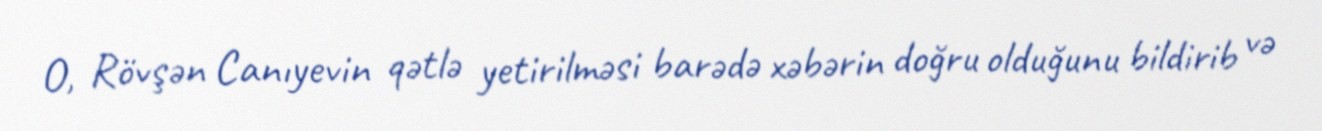
O, Rövşən Canıyevin qətlə yetirilməsi barədə xəbərin doğru olduğunu bildirib və